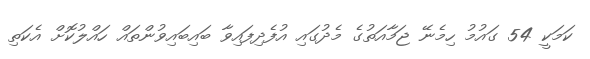
ކަމަކީ 54 ގައުމު ހިމެނޭ ޖަމާއަތުގެ މެދުގައި އުފެދިފައިވާ ބައިބައިވުންތައް ހައްލުކޮށް އެކަތި